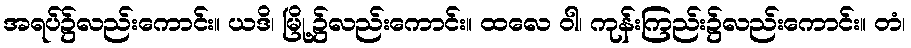
အရပ်၌လည်းကောင်း။ ယဒိ၊ မြို့၌လည်းကောင်း။ ထလေ ဝါ၊ ကုန်းကြည်း၌လည်းကောင်း။ တံ၊